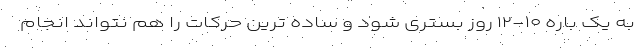
به یک باره ۱۰-۱۲ روز بستری شود و ساده ترین حرکات را هم نتواند انجام